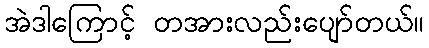
အဲဒါကြောင့် တအားလည်းပျော်တယ်။